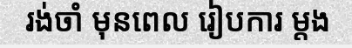
រង់ចាំ មុនពេល រៀបការ ម្តង